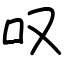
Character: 叹